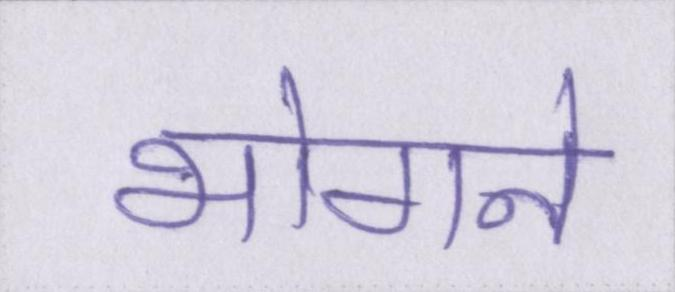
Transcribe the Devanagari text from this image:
भोगने